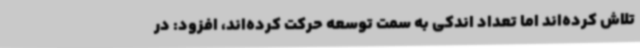
تلاش کرده‌اند اما تعداد اندکی به سمت توسعه حرکت کرده‌اند، افزود: در